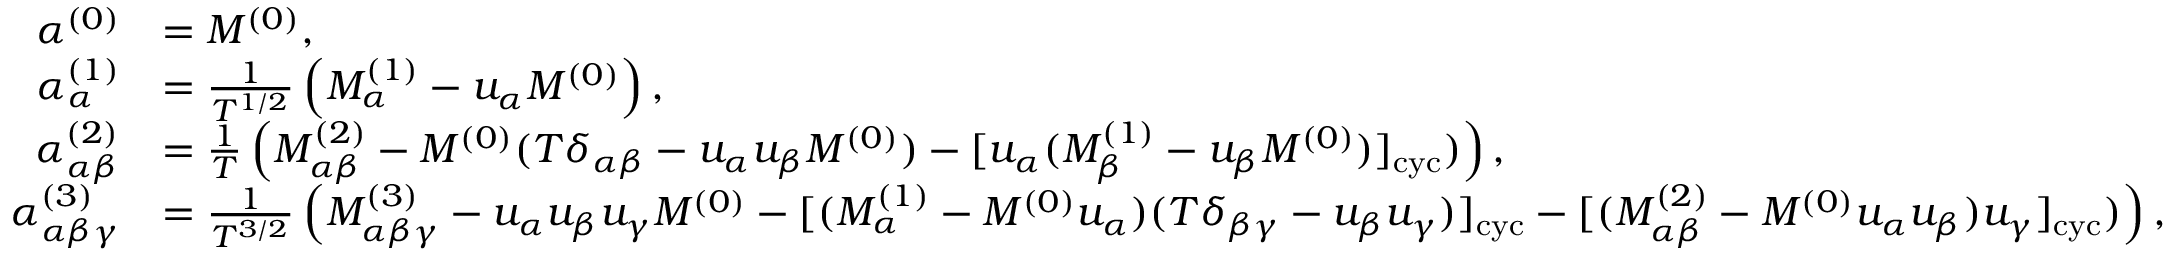
\begin{array} { r l } { \alpha ^ { ( 0 ) } } & { = M ^ { ( 0 ) } , } \\ { \alpha _ { \alpha } ^ { ( 1 ) } } & { = \frac { 1 } { T ^ { 1 / 2 } } \left( M _ { \alpha } ^ { ( 1 ) } - u _ { \alpha } M ^ { ( 0 ) } \right) , } \\ { \alpha _ { \alpha \beta } ^ { ( 2 ) } } & { = \frac { 1 } { T } \left( M _ { \alpha \beta } ^ { ( 2 ) } - M ^ { ( 0 ) } ( T \delta _ { \alpha \beta } - u _ { \alpha } u _ { \beta } M ^ { ( 0 ) } ) - [ u _ { \alpha } ( M _ { \beta } ^ { ( 1 ) } - u _ { \beta } M ^ { ( 0 ) } ) ] _ { \mathrm { c y c } } ) \right) , } \\ { \alpha _ { \alpha \beta \gamma } ^ { ( 3 ) } } & { = \frac { 1 } { T ^ { 3 / 2 } } \left( M _ { \alpha \beta \gamma } ^ { ( 3 ) } - u _ { \alpha } u _ { \beta } u _ { \gamma } M ^ { ( 0 ) } - [ ( M _ { \alpha } ^ { ( 1 ) } - M ^ { ( 0 ) } u _ { \alpha } ) ( T \delta _ { \beta \gamma } - u _ { \beta } u _ { \gamma } ) ] _ { \mathrm { c y c } } - [ ( M _ { \alpha \beta } ^ { ( 2 ) } - M ^ { ( 0 ) } u _ { \alpha } u _ { \beta } ) u _ { \gamma } ] _ { \mathrm { c y c } } ) \right) , } \end{array}